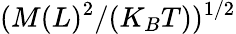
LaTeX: (M(L)^{2}/(K_{B}T))^{1/2}